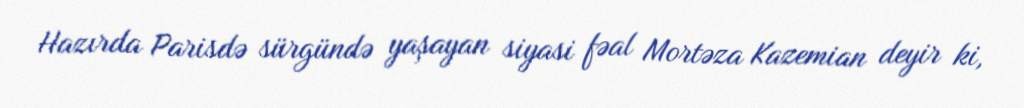
Hazırda Parisdə sürgündə yaşayan siyasi fəal Mortəza Kazemian deyir ki,